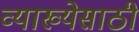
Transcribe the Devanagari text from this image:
व्याख्येसाठी